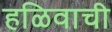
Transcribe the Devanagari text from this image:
हळिवाची